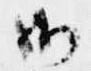
御